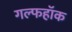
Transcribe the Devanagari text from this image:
गल्फहॉक